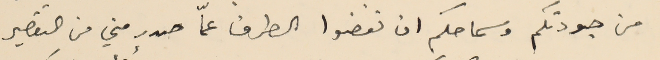
من جودتكم وسماحكم ان تغضوا الطرف عمّا صدر مني من التقصير